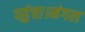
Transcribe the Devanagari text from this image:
पहुंचा।मंगल